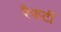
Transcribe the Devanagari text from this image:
रैफर्टी